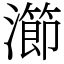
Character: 瀄